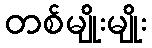
တစ်မျိုးမျိုး